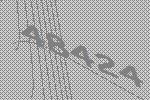
48424